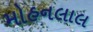
મોહનલાલ